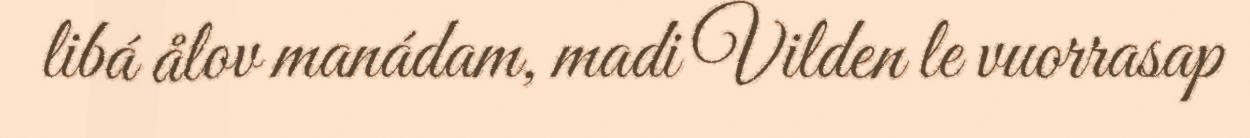
libá ålov manádam, madi Vilden le vuorrasap